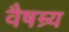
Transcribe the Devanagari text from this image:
वैषम्र्य